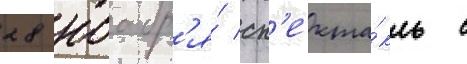
28 ноабр'я́ сп'екта́кль с